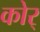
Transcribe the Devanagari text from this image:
कोर्